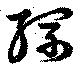
縲